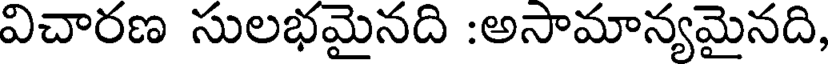
విచారణ సులభమైనది :అసామాన్యమైనది,